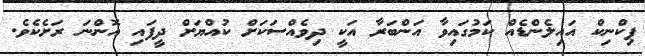
ޕިކްނިކް އައިލެންޑެއް ކަމުގައިވާ އަންބަރާ އަކީ ދިވެއްސަކަށް ކުއްޔަށް ދީފައި އޮންނަ ރަށެކެވެ.